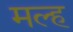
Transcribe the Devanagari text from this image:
मल्ह